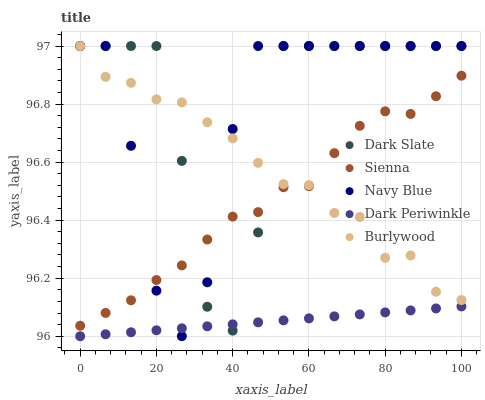
| xaxis_label | Dark Slate | Sienna | Navy Blue | Dark Periwinkle | Burlywood |
 | --- | --- | --- | --- | --- | --- |
 | 0 | 97 | 96 | 97 | 96 | 97 |
 | 6.67 | 97 | 96.1 | 97 | 96 | 96.9 |
 | 13.3 | 97 | 96.1 | 96.7 | 96 | 96.9 |
 | 20 | 97 | 96.2 | 96.2 | 96 | 96.8 |
 | 26.7 | 96.6 | 96.2 | 96 | 96 | 96.8 |
 | 33.3 | 96.1 | 96.3 | 96.2 | 96 | 96.7 |
 | 40 | 96 | 96.4 | 96.7 | 96 | 96.7 |
 | 46.7 | 96.4 | 96.4 | 97 | 96 | 96.6 |
 | 53.3 | 97 | 96.5 | 97 | 96.1 | 96.5 |
 | 60 | 97 | 96.5 | 97 | 96.1 | 96.5 |
 | 66.7 | 97 | 96.6 | 97 | 96.1 | 96.4 |
 | 73.3 | 97 | 96.7 | 97 | 96.1 | 96.4 |
 | 80 | 97 | 96.8 | 97 | 96.1 | 96.3 |
 | 86.7 | 97 | 96.8 | 97 | 96.1 | 96.3 |
 | 93.3 | 97 | 96.8 | 97 | 96.1 | 96.2 |
 | 100 | 97 | 96.9 | 97 | 96.1 | 96.1 |